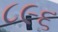
૮૯૬